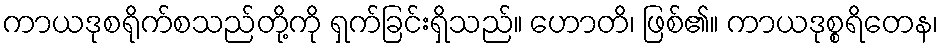
ကာယဒုစရိုက်စသည်တို့ကို ရှက်ခြင်းရှိသည်။ ဟောတိ၊ ဖြစ်၏။ ကာယဒုစ္စရိတေန၊